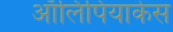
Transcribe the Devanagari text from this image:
ऑलिंपियाकेस